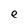
Character: e